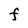
Character: F